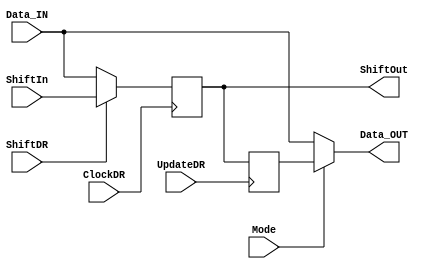
`timescale 1ns/1ps	

module BSC(Data_IN, ShiftIn, ShiftDR, ClockDR, UpdateDR, Mode, ShiftOut, Data_OUT);

	input Data_IN, ShiftIn, ShiftDR, ClockDR, UpdateDR, Mode;
	output ShiftOut, Data_OUT;
	
	wire Data_IN, ShiftIn, ShiftDR, ClockDR, UpdateDR, Mode, ShiftOut, Data_OUT;
	reg SRFFQ, LFFQ;
   wire DfromMux, DataOutFromMux;
	
	//Here we create the first multiplexer
	assign DfromMux = (ShiftDR)?ShiftIn:Data_IN;
	assign ShiftOut = SRFFQ;
	
	assign DataOutfromLatch = LFFQ;

	//here we create the SRFF
	always @ (posedge ClockDR)
	begin
		SRFFQ<=DfromMux;
	end
  
	//here we create the LFF
	always @ (posedge UpdateDR)
	begin
		LFFQ<=SRFFQ;
	end
	//Here we create the second multiplexer
	assign DataOutFromMux = (Mode)?DataOutfromLatch:Data_IN;
	assign Data_OUT = DataOutFromMux;
endmodule